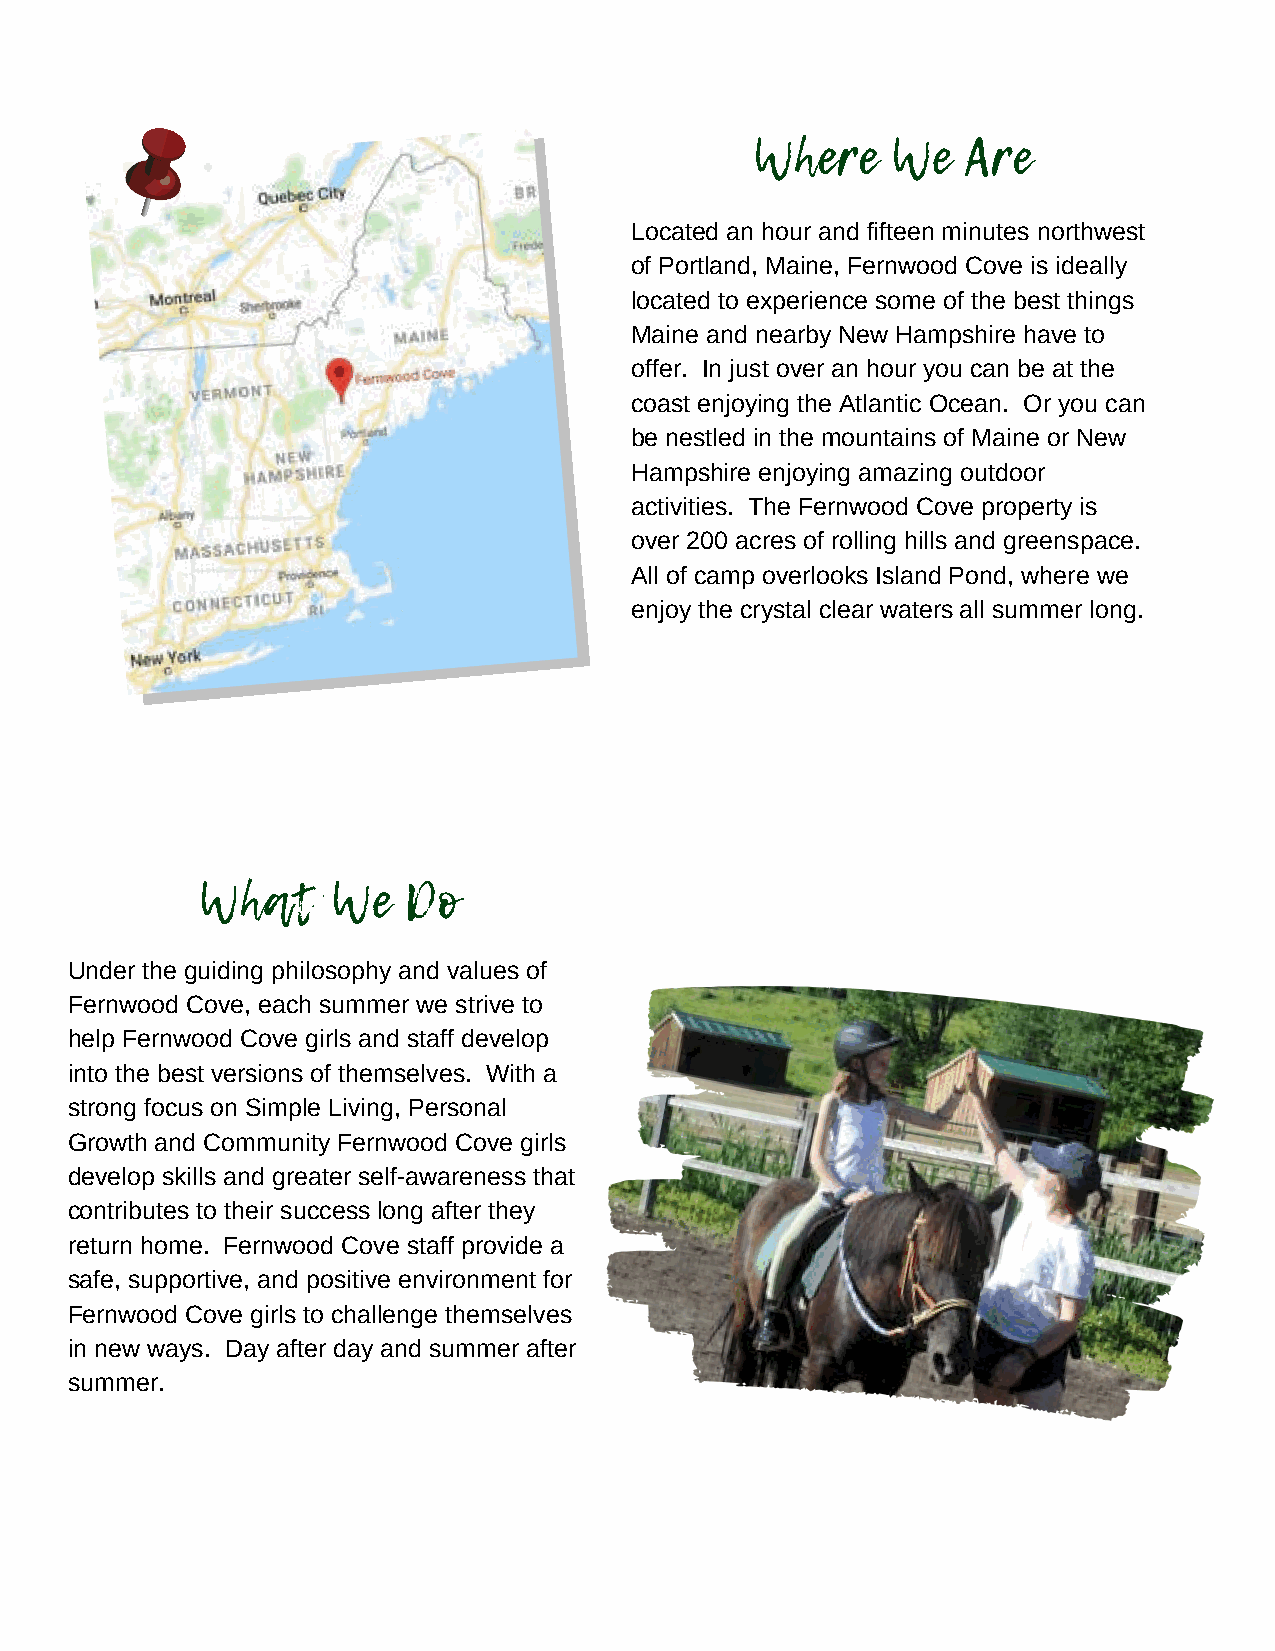
Where    We   Are
 Located an hour and fifteen minutes northwest
 of Portland, Maine, Fernwood Cove is ideally
 located to experience some of the best things
 Maine and nearby New Hampshire have to
 offer. In just over an hour you can be at the
 coast enjoying the Atlantic Ocean. Or you can
 be nestled in the mountains of Maine or New
 Hampshire enjoying amazing outdoor
 activities. The Fernwood Cove property is
 over 200 acres of rolling hills and greenspace.
 All of camp overlooks Island Pond, where we
 enjoy the crystal clear waters all summer long.
 What     We   Do
 Under the guiding philosophy and values of
 Fernwood Cove, each summer we strive to
 help Fernwood Cove girls and staff develop
 into the best versions of themselves. With a
 strong focus on Simple Living, Personal
 Growth and Community Fernwood Cove girls
 develop skills and greater self-awareness that
 contributes to their success long after they
 return home. Fernwood Cove staff provide a
 safe, supportive, and positive environment for
 Fernwood Cove girls to challenge themselves
 in new ways. Day after day and summer after
 summer.